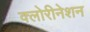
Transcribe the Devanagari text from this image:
क्लोरीनेशन